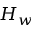
H _ { w }